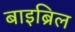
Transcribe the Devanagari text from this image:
बाइब्रिल